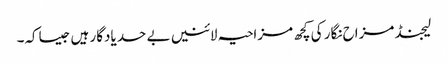
لیجنڈ مزاح نگار کی کچھ مزاحیہ لائنیں بے حد یادگار ہیں جیساکہ۔